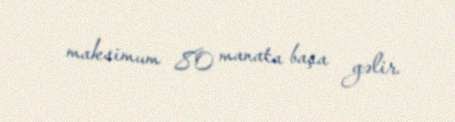
maksimum 80 manata başa gəlir.